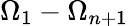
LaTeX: \Omega_{1}-\Omega_{n+1}